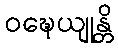
ဝဍ္ဎေယျုန္တိ